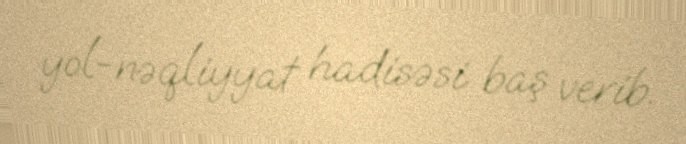
yol-nəqliyyat hadisəsi baş verib.